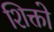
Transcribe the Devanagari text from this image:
शिक्तो